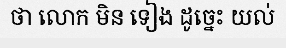
ថា លោក មិន ទៀង ដូច្នេះ យល់